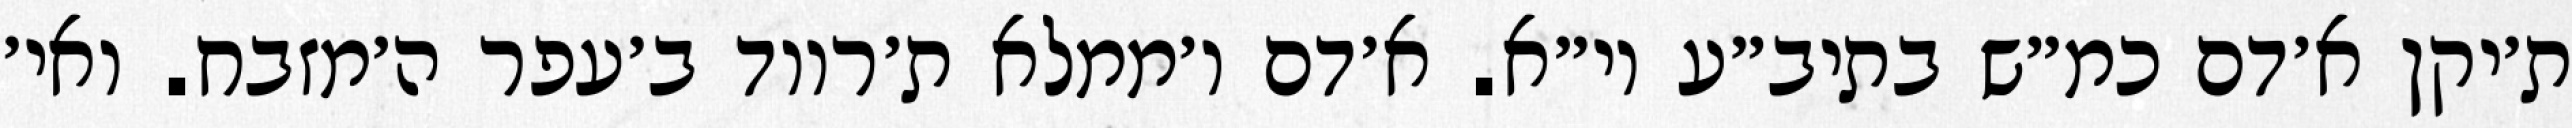
ת׳יקן א׳דם כמ״ש בתיב״ע וי״א. א׳דם ו׳ממלא ת׳רווד ב׳עפר ה׳מזבח. ואי׳